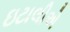
ઇટાલીએ